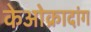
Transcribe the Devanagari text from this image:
केओक्रादांग